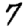
Digit: 7